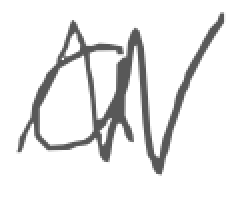
Text: a
Cross-out: mix
Writing tool: digital_gray